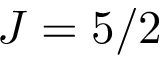
J = 5 / 2